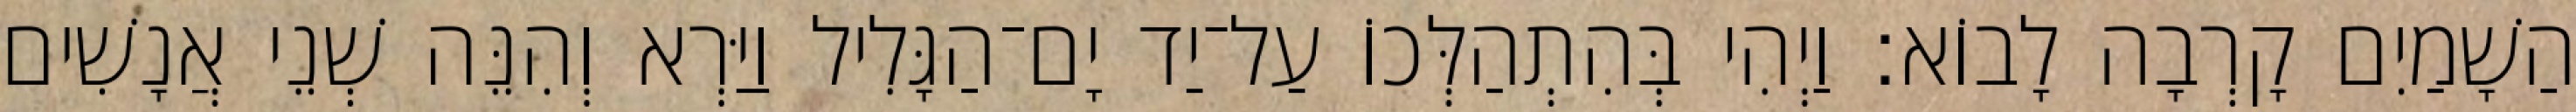
הַשָׁמַיִם קָרְבָה לָבוֹא׃ וַיְהִי בְּהִתְהַלְּכוֹ עַל־יַד יָם־הַגָּלִיל וַיַּרְא וְהִנֵּה שְׁנֵי אֲנָשִׁים